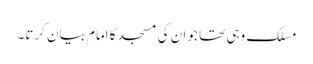
مسلک وہی تھا جو ان کی مسجد کا امام بیان کرتا۔